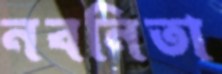
নবনিতা